Eesti_Vabariigi_Tartu_Ulikool, lk 5
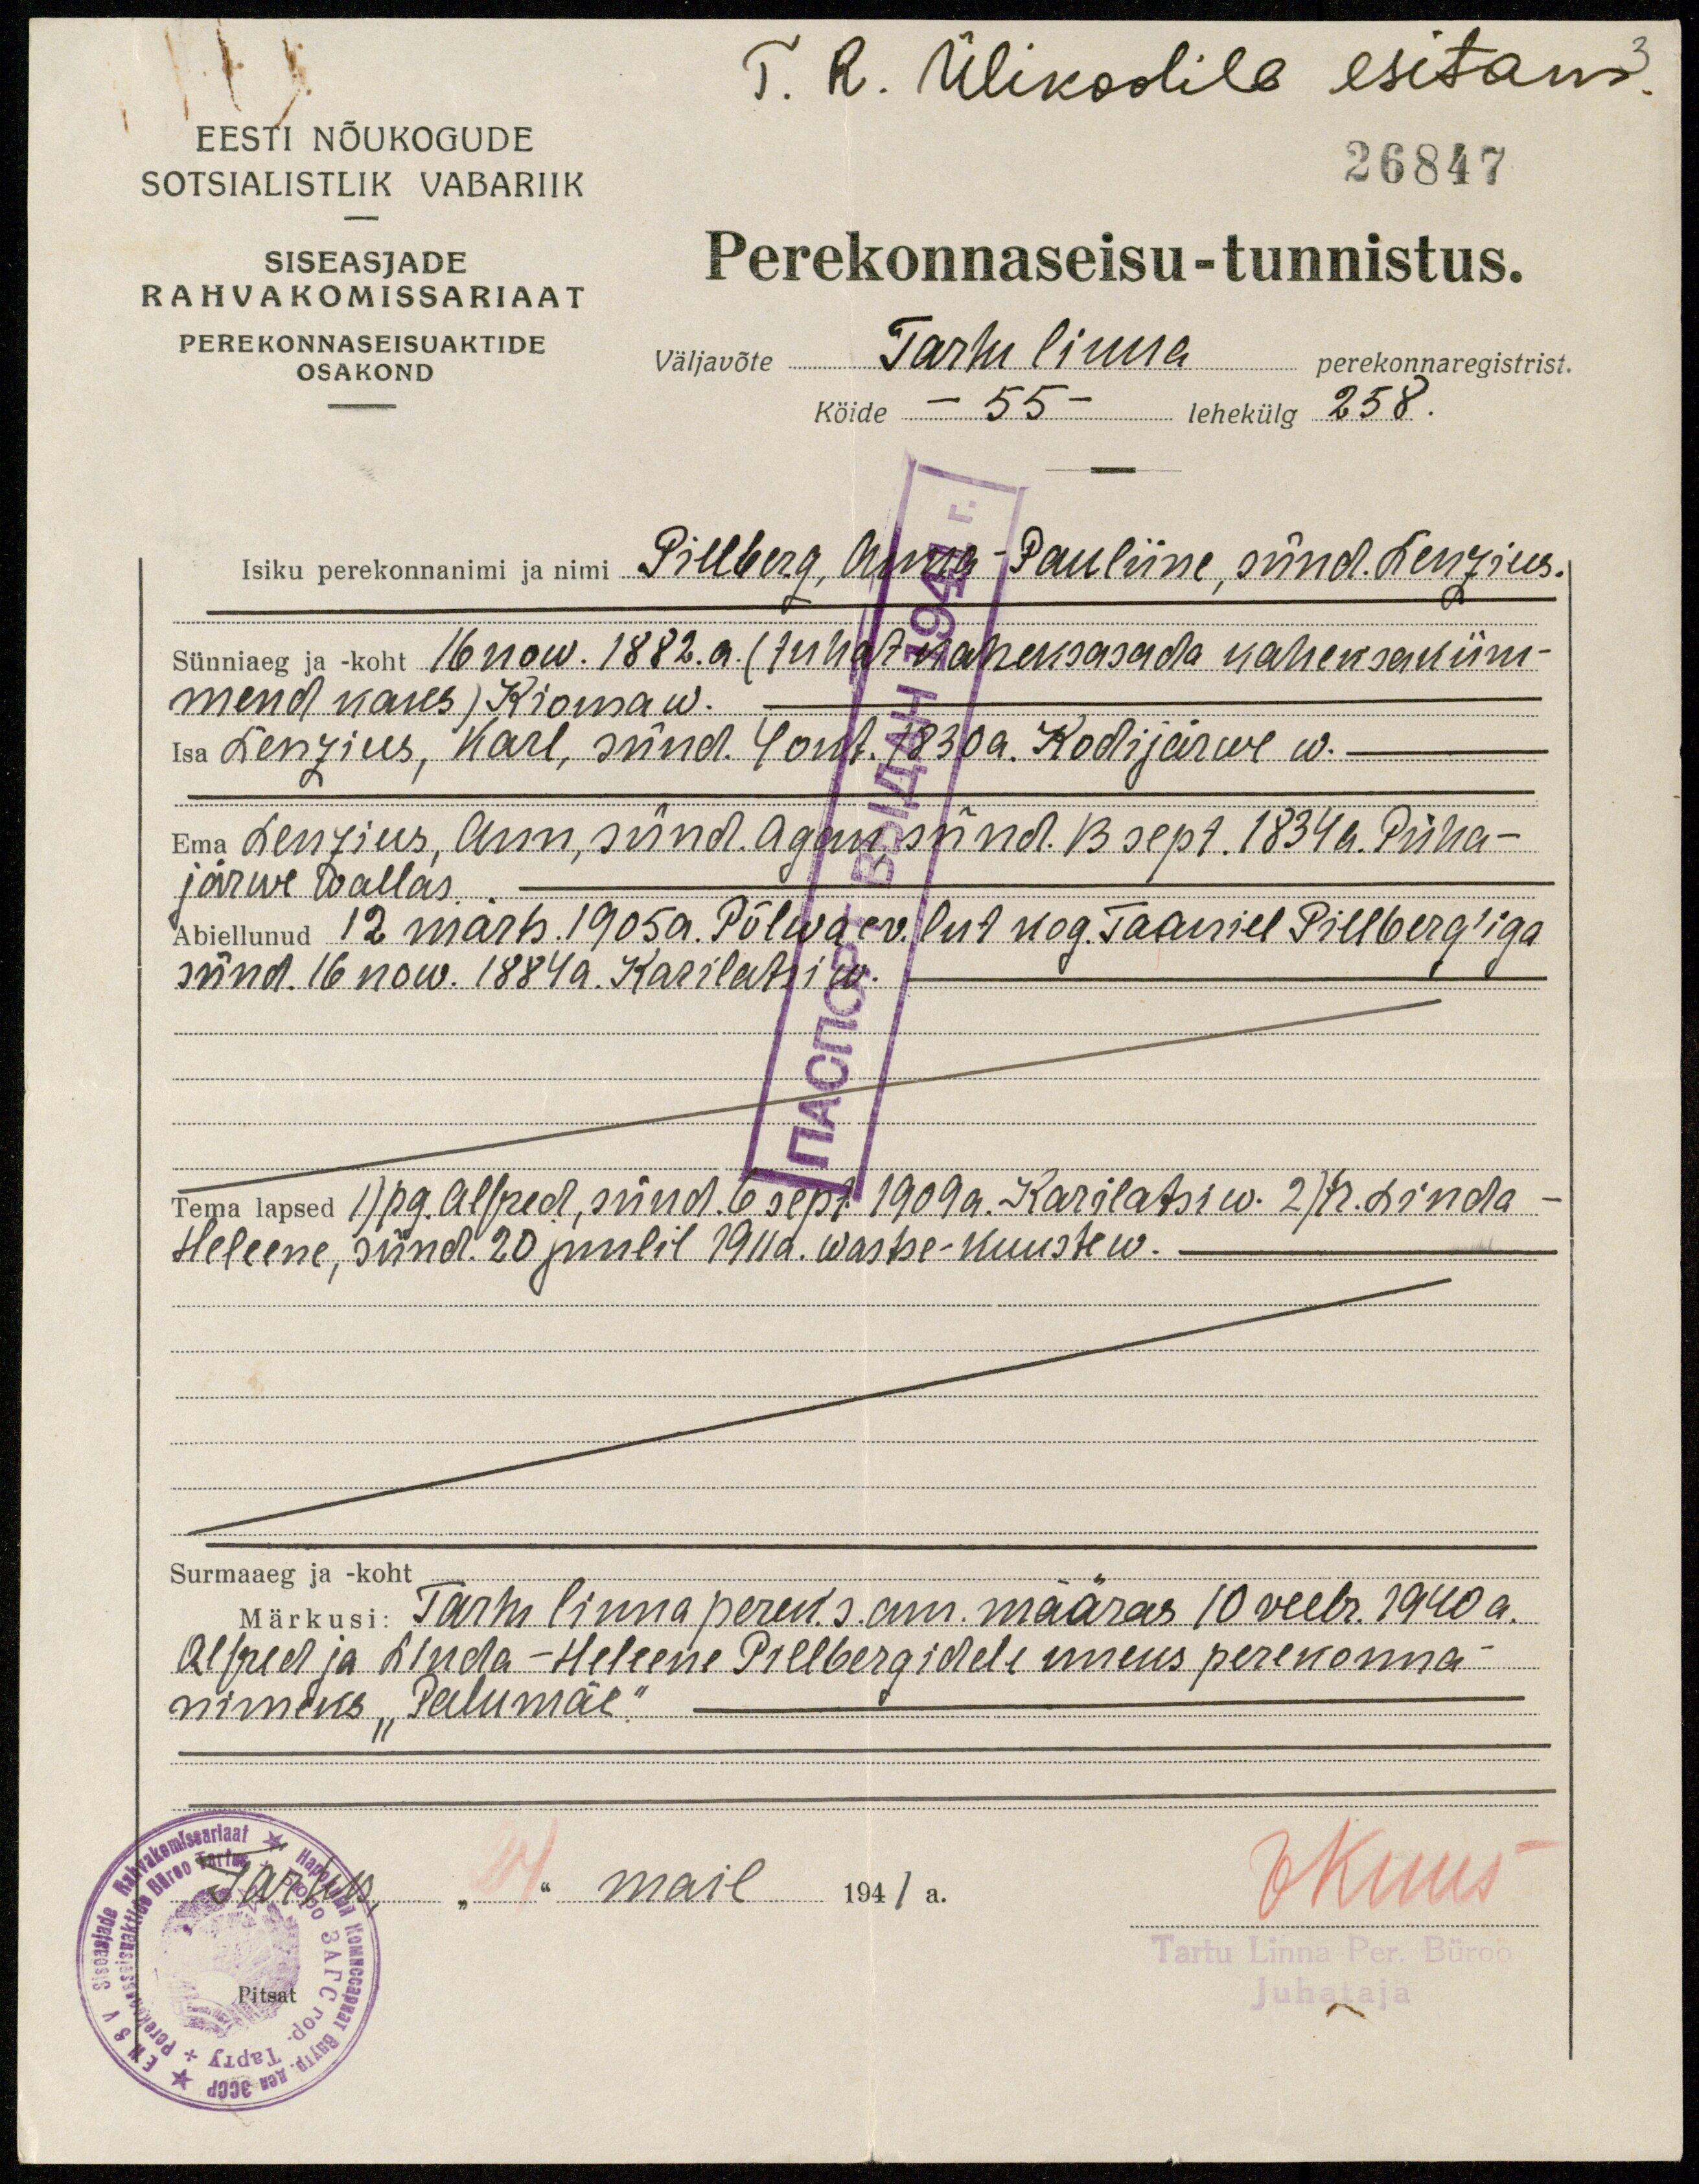
T. R. Ülikoolile esitam.
26847
EESTI NÕUKOGUDE
SOTSIALISTLIK VABARIIK
SISEASJADE
RAHVAKOMISSARIAAT
PEREKONNASEISUAKTIDE
OSAKOND
Perekonnaseisu-tunnistus.
väljavõte Tartu linna perekonnaregistrist.
Köide - 55- lehekülg 258
isiku perekonnanimi ja nimi Pillberg, Anna-Pauliine, sünd. Lenzius.
Sünniaeg ja -koht 16. now. 1882. a. (tuhat kaheksasaja kaheksaküm-
mend kaks) Kioma w.
Isa Lenzius, Karl, sünd. 4 okt. 1830 a. Kodijärwe w.
Ema Lenzius, Ann, sünd. Agan sünd. 13 sept. 1834 a. Püha-
järwe wallas.
Abiellanud 12 märts. 1905 a. Põleva ev. lut kog. Taaniel Pillberg'iga
sünd. 16 now. 1884 a. Karilatsi w.
Tema lapsed 1) pg. Alfred, sünd. 6 sept. 1909 a. Karilatsi w. 2) tr. Linda-
Heleene, sünd. 20 juulil 1911 a. Wastse-Kuuste w.
Surmaaeg ja - koht
Märkusi: Tartu linna perek. s. am. määras 10 veebr. 1940 a.
Alfred ja Linda-Heleene Pillbergidele uueks perekonna-
nimeks "Palumäe"
Tartus, "24" mail 1941 a.
Vkuus
Tartu Linna Per. Büroo
Juhataja